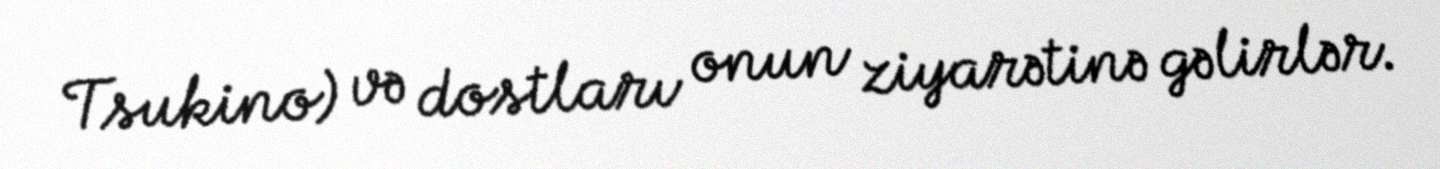
Tsukino) və dostları onun ziyarətinə gəlirlər.